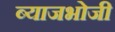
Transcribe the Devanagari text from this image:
ब्याजभोजी